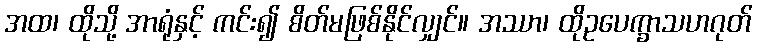
အထ၊ ထိုသို့ အာရုံနှင့် ကင်း၍ စိတ်မဖြစ်နိုင်လျှင်။ အဿာ၊ ထိုဥပေက္ခာသဟဂုတ်